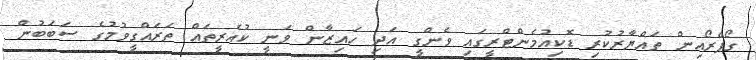
ގޯޕްރޯއިން ތައްޔާރުކުރި ޑޮކިއުމެންޓްރީގައި ވެންގީ އަދި ހައިޒާން ވަނީ ކުއެރީތައް ތަރައްގީވުމުގެ ސަބަބުން